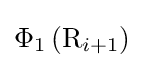
\Phi _{1}\left(\mathrm {R} _{i+1}\right)